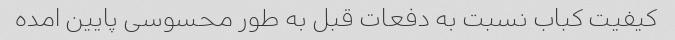
کیفیت کباب نسبت به دفعات قبل به طور محسوسی پایین امده